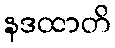
နဒထာတိ